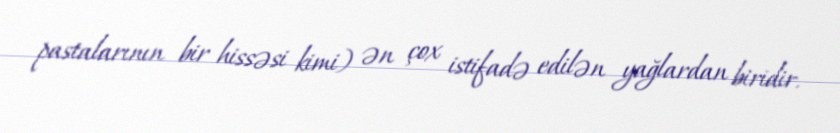
pastalarının bir hissəsi kimi) ən çox istifadə edilən yağlardan biridir.